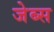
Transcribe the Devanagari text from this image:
जेब्स